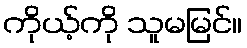
ကိုယ့်ကို သူမမြင်။